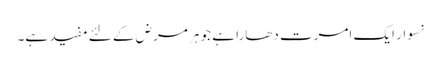
نسوار ایک امرت دھارا ہے جو ہر مرض کے لئے مفید ہے۔